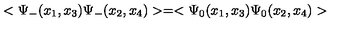
< \Psi _ { - } ( x _ { 1 } , x _ { 3 } ) \Psi _ { - } ( x _ { 2 } , x _ { 4 } ) > = < \Psi _ { 0 } ( x _ { 1 } , x _ { 3 } ) \Psi _ { 0 } ( x _ { 2 } , x _ { 4 } ) >